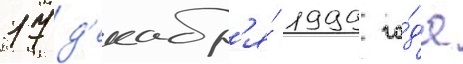
17 д'екабр'я́ 1999 го́да